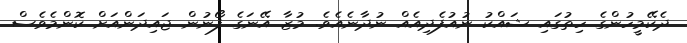
ދެކޭމީހުންގެ ހިތުގައި ޝައްކު ނުއުފެދިއެއް ނުދާނެއެވެ. މުޒާ އޭނަގެ ފޯނުން ޖައިދަންއަށް ކޮންމެވެސް